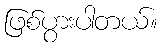
ဖြစ်ပွားပါတယ်။